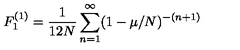
F _ { 1 } ^ { ( 1 ) } = { \frac { 1 } { 1 2 N } } \sum _ { n = 1 } ^ { \infty } ( 1 - \mu / N ) ^ { - ( n + 1 ) }